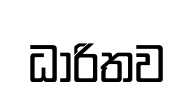
ධාරිතව